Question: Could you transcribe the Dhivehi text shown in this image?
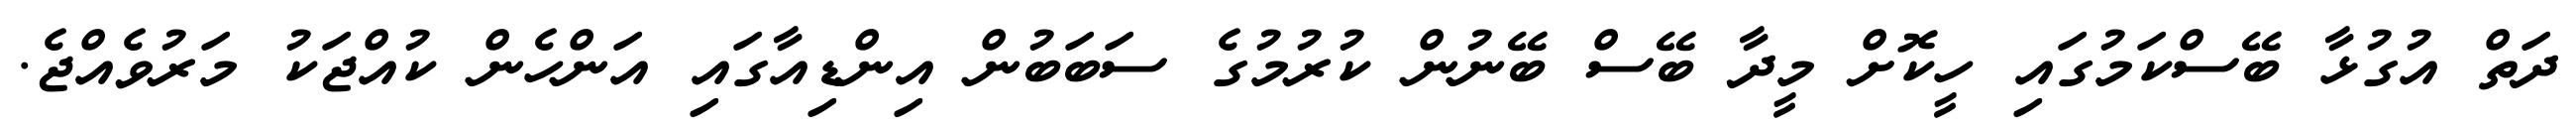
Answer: ދަތް އުގުޅާ ބޭސްކަމުގައި ހީކޮށް މީދާ ބޭސް ބޭނުން ކުރުމުގެ ސަބަބުން އިންޑިއާގައި އަންހެން ކުއްޖަކު މަރުވެއްޖެ.